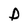
Character: D